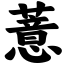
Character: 薏